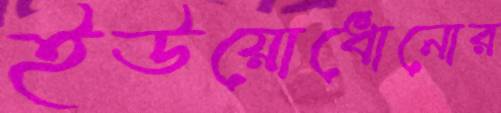
ইউয়োধোনোর